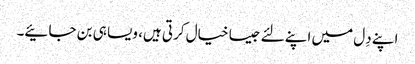
اپنے دِل میں اپنے لئے جیسا خیال کرتی ہیں، ویسا ہی بن جائیے۔